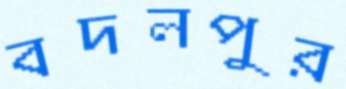
বদলপুর